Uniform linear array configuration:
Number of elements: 16
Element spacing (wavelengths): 0.25
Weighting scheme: hann
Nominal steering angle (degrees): -45
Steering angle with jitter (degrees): -44.946
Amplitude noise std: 0.05
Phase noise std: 0.05

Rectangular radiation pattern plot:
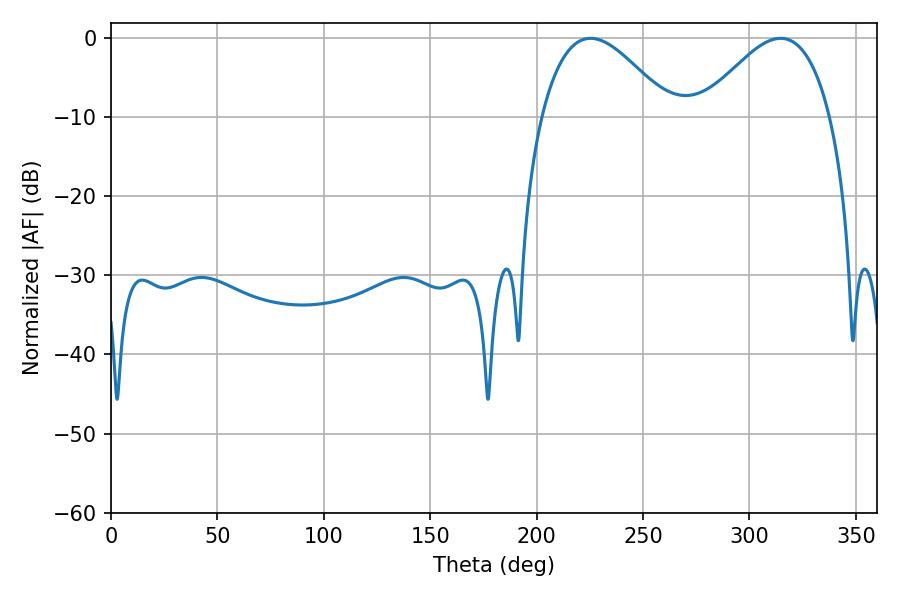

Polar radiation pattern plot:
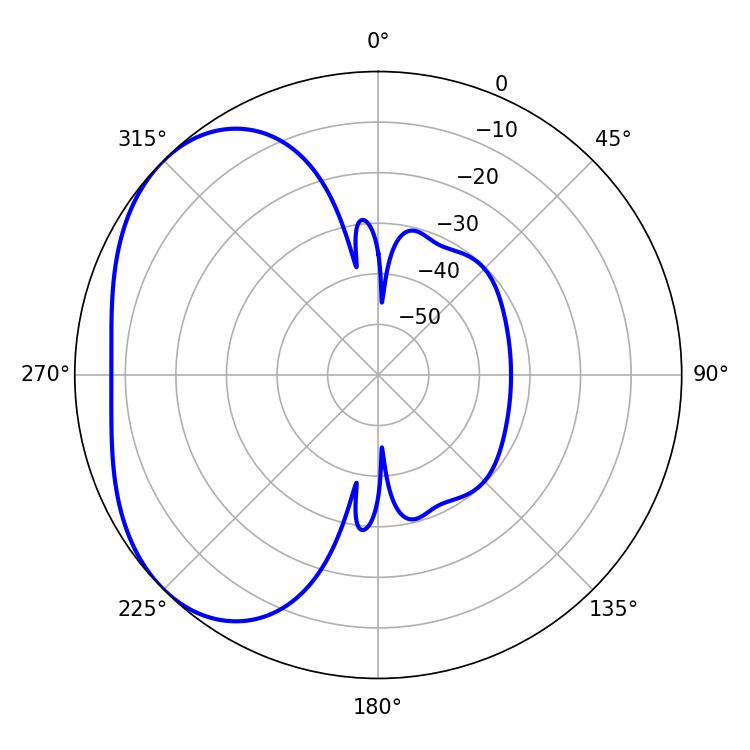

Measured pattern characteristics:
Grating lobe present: FALSE
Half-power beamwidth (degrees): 32.94
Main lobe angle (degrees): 225.36